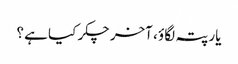
یار پتہ لگاؤ ، آخر چکر کیا ہے ؟